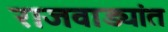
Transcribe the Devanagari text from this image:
राजवाड्यांत